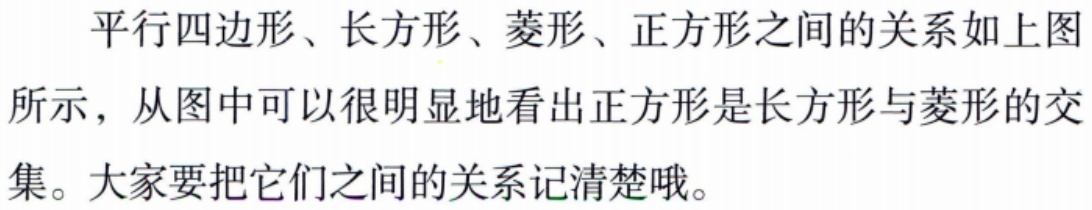
平行四边形、长方形、菱形、正方形之间的关系如上图所示，从图中可以很明显地看出正方形是长方形与菱形的交集。大家要把它们之间的关系记清楚哦。